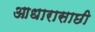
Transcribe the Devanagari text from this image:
आधारासाछी